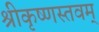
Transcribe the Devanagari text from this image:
श्रीकृष्णस्तवम्